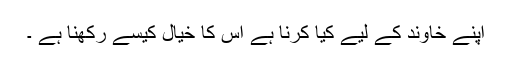
اپنے خاوند کے لیے کیا کرنا ہے اس کا خیال کیسے رکھنا ہے ۔